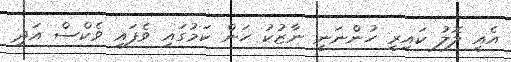
އެއީ ލޮލު ކައިރީ ހުންނަނީ ނާޒުކު ހަން ކަމުގައި ވެފައި ވެކްސް އަދި